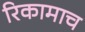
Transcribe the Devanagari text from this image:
रिकामाच